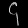
Digit: ၄